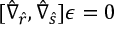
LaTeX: [ \hat { \nabla } _ { \hat { r } } , \hat { \nabla } _ { \hat { s } } ] \epsilon = 0